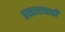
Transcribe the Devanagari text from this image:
प्रसाराचाही